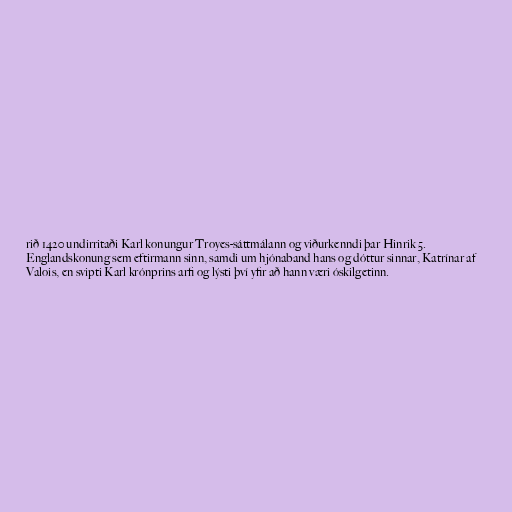
rið 1420 undirritaði Karl konungur Troyes-sáttmálann og viðurkenndi þar Hinrik 5.
Englandskonung sem eftirmann sinn, samdi um hjónaband hans og dóttur sinnar, Katrínar af
Valois, en svipti Karl krónprins arfi og lýsti því yfir að hann væri óskilgetinn.